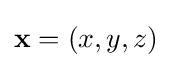
\mathbf {x} =(x,y,z)